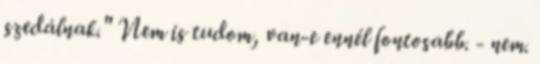
szedálnak." Nem is tudom, van-e ennél fontosabb. - nem.